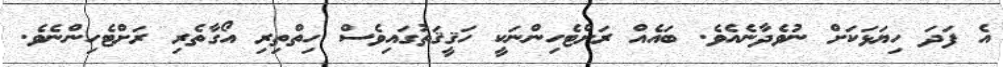
އެ ފަދަ ހިޔަޅަކަށް ނުވެދާނެއެވެ. ބައެއް ރަށްޓެހިންނަކީ ހަޤީޤަތުގައިވެސް ހިތްތިރި އޯގާތެރި ރަށްޓެހިންނެވެ.